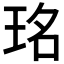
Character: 𤥁